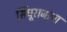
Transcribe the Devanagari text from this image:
सिंधूराजाचा